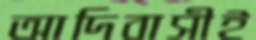
আদিবাসীই